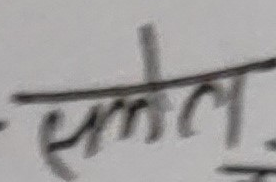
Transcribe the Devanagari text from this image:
समतल